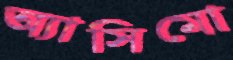
অ্যাসিমো